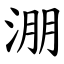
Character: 淜